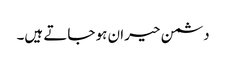
دشمن حیران ہو جاتے ہیں۔